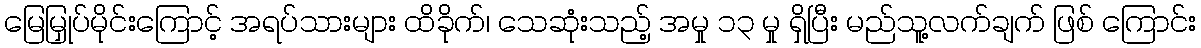
မြေမြှုပ်မိုင်းကြောင့် အရပ်သားများ ထိခိုက်၊ သေဆုံးသည့် အမှု ၁၃ မှု ရှိပြီး မည်သူ့လက်ချက် ဖြစ် ကြောင်း